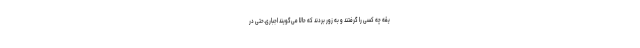
یقه چه کسی را گرفتند و به زور بردند که حالا می‌گویند اجباری.حتی در